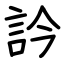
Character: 訡